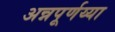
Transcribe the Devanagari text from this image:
अन्नपूर्णय्या